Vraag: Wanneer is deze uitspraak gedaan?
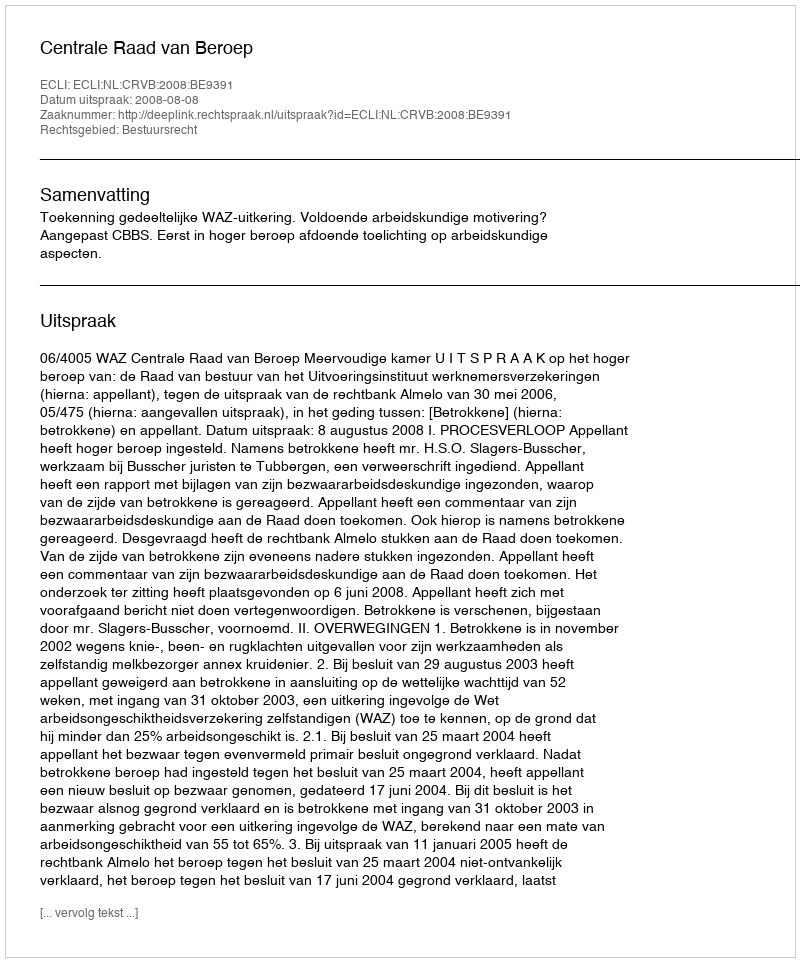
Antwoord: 2008-08-08